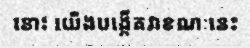
នោះ យើងបង្កើតវាខណៈនេះ